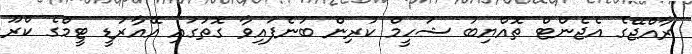
ރާއްޖޭގެ އެޖެންޓް ތޮއްޔިބު ޝަހީމް ކުރިން ބުނެފައިވާ ގޮތުގައި އޭއާރުޑީ ޓީމްގެ ކްރޫ